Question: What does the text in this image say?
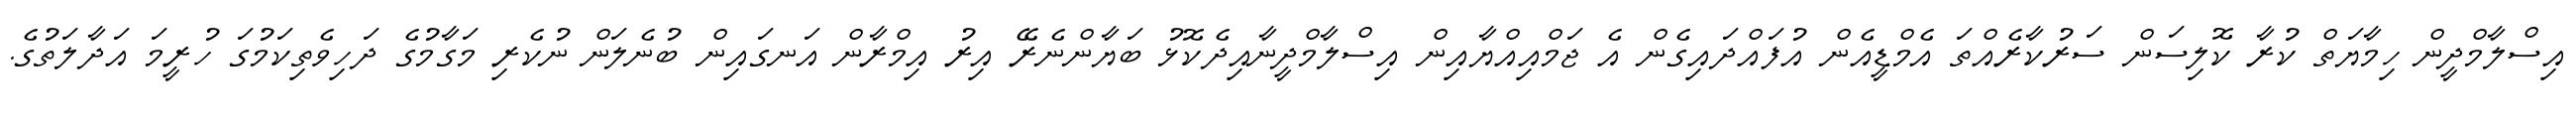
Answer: އިސްލާމްދީން ހިމާޔަތް ކުރާ ކޮލިސަން ސަރުކާރެއްތަ އެމްޑީއެން އުފައްދައިގެން އެ ޖަމްއިއްޔާއިން އިސްލާމްދީނާއިދެކޮޅު ބަޔާންނެރޭ އިރު އިމްރާން އަނގައިން ބުނެލަން ނުކެރި މަގާމުގެ ދަހިވެތިކަމުގަ ހުރީމަ އަދާލަތުގެ.